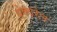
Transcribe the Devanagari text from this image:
बेक्वरेल